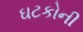
ઘટકોની